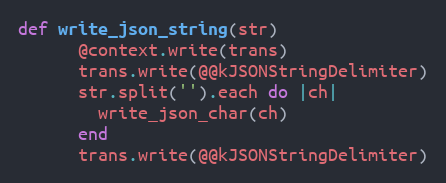
Language: Ruby
def write_json_string(str)
      @context.write(trans)
      trans.write(@@kJSONStringDelimiter)
      str.split('').each do |ch|
        write_json_char(ch)
      end
      trans.write(@@kJSONStringDelimiter)